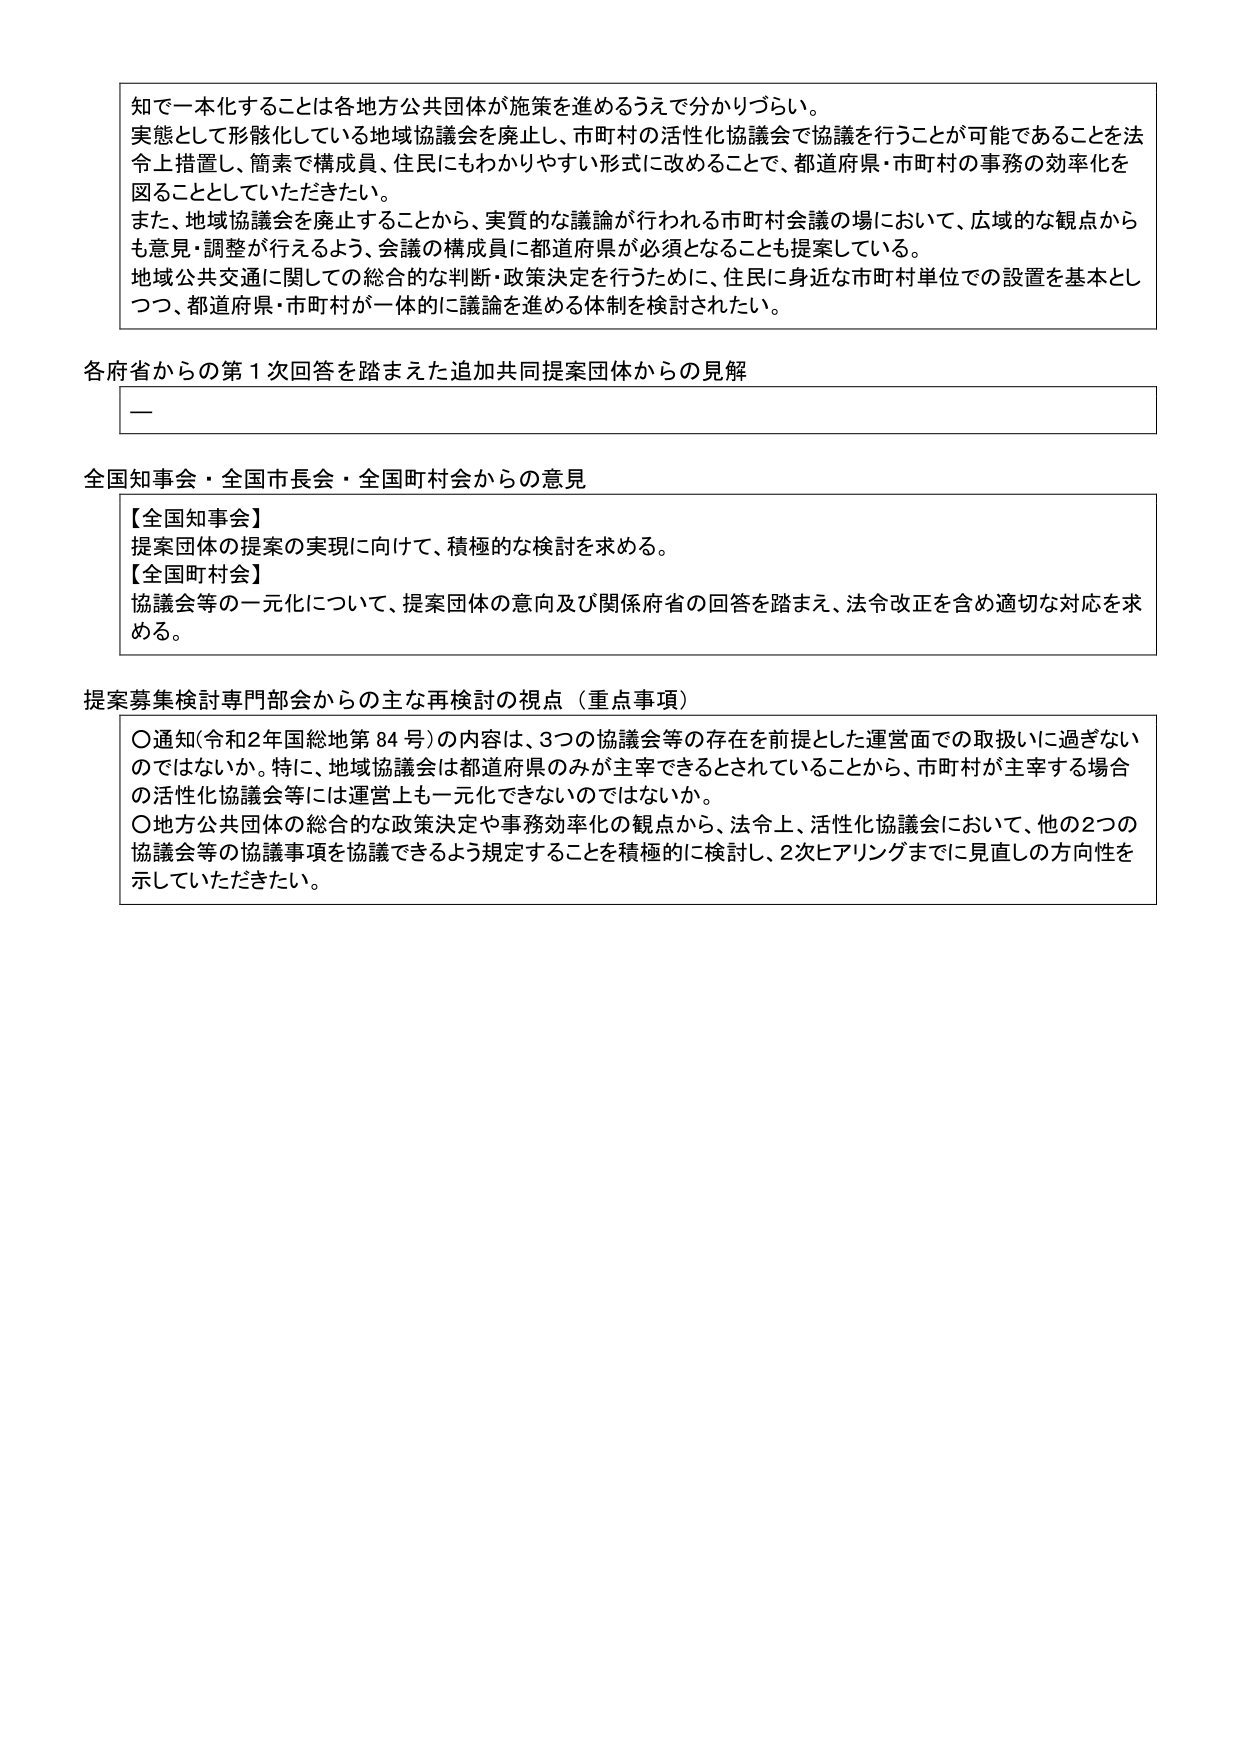
知で一本化することは各地方公共団体が施策を進めるうえで分かりづらい。
実態として形骸化している地域協議会を廃止し、市町村の活性化協議会で協議を行うことが可能であることを法令上措置し、簡素で構成員、住民にもわかりやすい形式に改めることで、都道府県・市町村の事務の効率化を図ることとしていただきたい。
また、地域協議会を廃止することから、実質的な議論が行われる市町村会議の場において、広域的な観点からも意見・調整が行えるよう、会議の構成員に都道府県が必須となることも提案している。
地域公共交通に関しての総合的な判断・政策決定を行うために、住民に身近な市町村単位での設置を基本としつつ、都道府県・市町村が一体的に議論を進める体制を検討されたい。

各府省からの第１次回答を踏まえた追加共同提案団体からの見解
――

全国知事会・全国市長会・全国町村会からの意見
【全国知事会】
提案団体の提案の実現に向けて、積極的な検討を求める。
【全国町村会】
協議会等の一元化について、提案団体の意向及び関係府省の回答を踏まえ、法令改正を含め適切な対応を求める。

提案募集検討専門部会からの主な再検討の視点（重点事項）
〇通知(令和2年国総地第84号)の内容は、3つの協議会等の存在を前提とした運営面での取扱いに過ぎないのではないか。特に、地域協議会は都道府県のみが主宰できるとされていることから、市町村が主宰する場合の活性化協議会等には運営上も一元化できないのではないか。
〇地方公共団体の総合的な政策決定や事務効率化の観点から、法令上、活性化協議会において、他の2つの協議会等の協議事項を協議できるよう規定することを積極的に検討し、2次ヒアリングまでに見直しの方向性を示していただきたい。